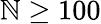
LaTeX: \mathbb{N}\ge100